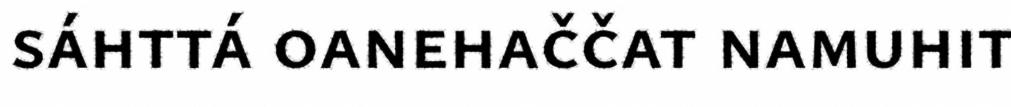
sáhttá oanehaččat namuhit